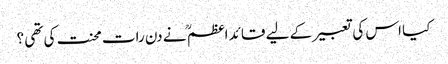
کیا اس کی تعبیر کے لیے قائد اعظم ؒ نے دن رات محنت کی تھی ؟